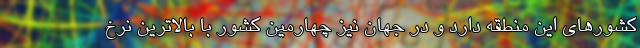
کشورهای این منطقه دارد و در جهان نیز چهارمین کشور با بالاترین نرخ